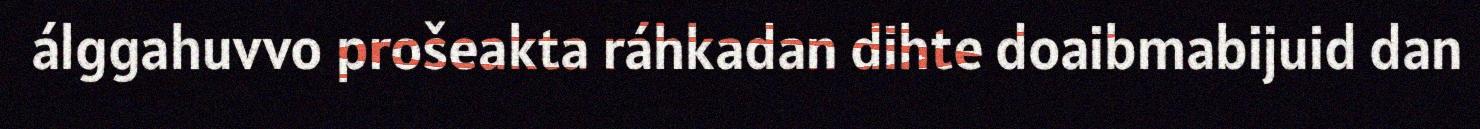
álggahuvvo prošeakta ráhkadan dihte doaibmabijuid dan